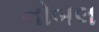
નોબલ